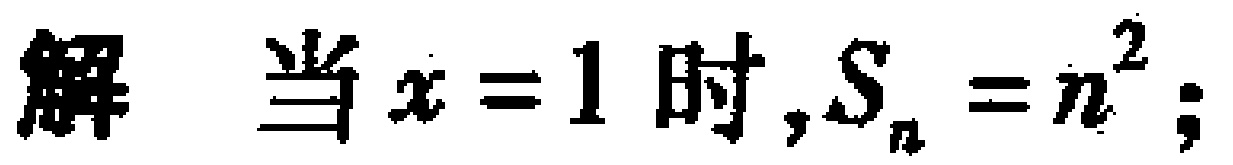
解 当\(x = 1\)时,\(S_{n}=n^{2}\);